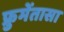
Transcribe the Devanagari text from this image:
फ्रुमेंतासा